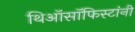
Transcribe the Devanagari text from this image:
थिऑसॉफिस्टांनी